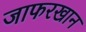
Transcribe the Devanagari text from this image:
जाफरखान